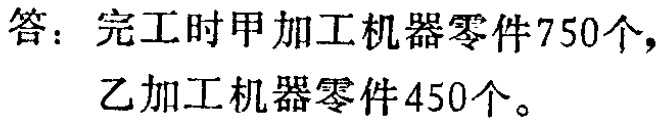
答：完工时甲加工机器零件750个，
乙加工机器零件450个。